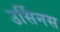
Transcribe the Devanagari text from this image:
उर्सिनस